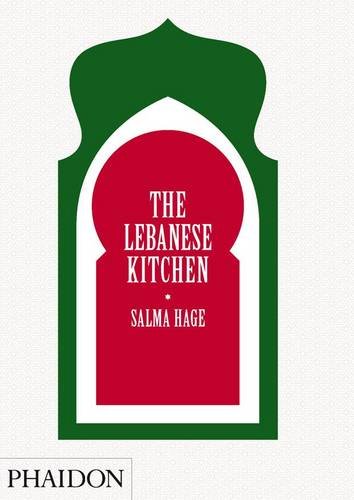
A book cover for The Lebanese Kitchen; Salma Hage; Cookbooks, Food & Wine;